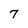
Character: 7